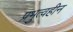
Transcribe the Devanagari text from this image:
प्रभुत्वहीन